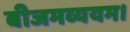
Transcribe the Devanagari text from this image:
बीजमव्ययम।